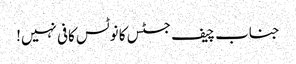
جناب چیف جسٹس کا نوٹس کافی نہیں!